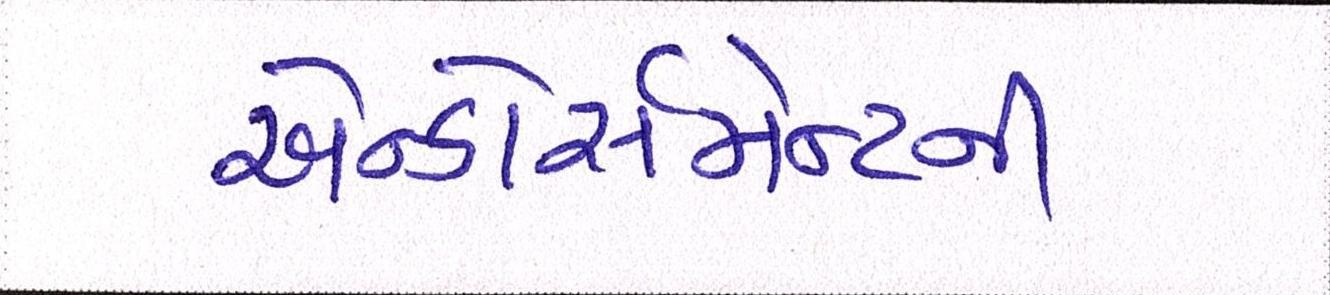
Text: એન્ડોર્સમેન્ટની